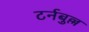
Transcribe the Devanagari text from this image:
टर्नबुल्ल